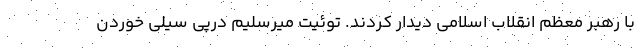
با رهبر معظم انقلاب اسلامی دیدار کردند. توئیت میرسلیم درپی سیلی خوردن